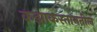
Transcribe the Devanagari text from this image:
कझाकस्तानतील